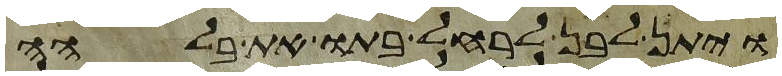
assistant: ויתן לבן לרחל בתו את בלהה